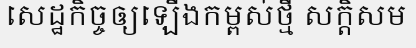
សេដ្ឋកិច្ចឲ្យឡើងកម្ពស់ថ្មី សក្តិសម